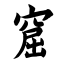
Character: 窟